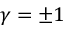
\gamma = \pm 1